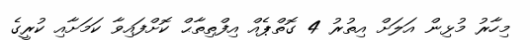
މިހާރު މުޅިން އަލަށް އިތުރު 4 ގޮތްޕެއް އިފްތިތާޙް ކޮށްފައިވާ ކަމަށާއި ކުރީގެ